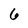
Character: 6